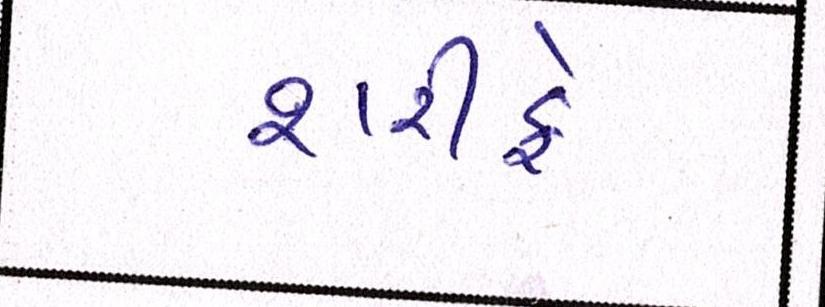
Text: શરીફે